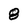
Character: 8